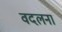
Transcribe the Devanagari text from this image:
वदलना